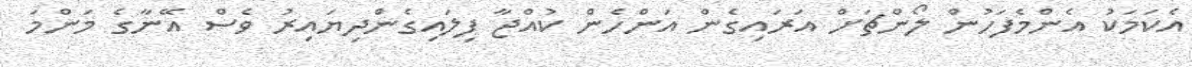
އެކަމަކު އެންމެފަހުން ލޯންޗަށް އަރައިގެން އަންހެން ކުއްޖާ ފިލައިގެންދިޔައިރު ވެސް އޭނާގެ މަންމަ